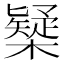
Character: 𣝆